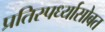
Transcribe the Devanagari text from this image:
प्रतिस्पर्ध्यासोबत